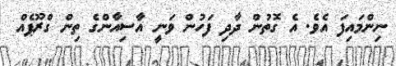
ނިންމައިފަ އެވެ. އެ ގޮތުން ދާދި ފަހުން ވަނީ އާސިއާންގެ ތިން ގްރޫޕެއް